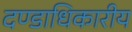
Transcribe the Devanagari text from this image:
दण्डाधिकारीय